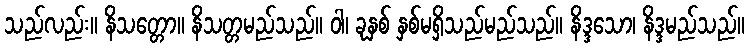
သည်လည်း။ နိသတ္တော။ နိသတ္တမည်သည်။ ဝါ၊ ခုနှစ် နှစ်မရှိသည်မည်သည်။ နိဒ္ဒသော၊ နိဒ္ဒမည်သည်။